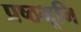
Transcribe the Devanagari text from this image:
प्रष्‍ठभूमि